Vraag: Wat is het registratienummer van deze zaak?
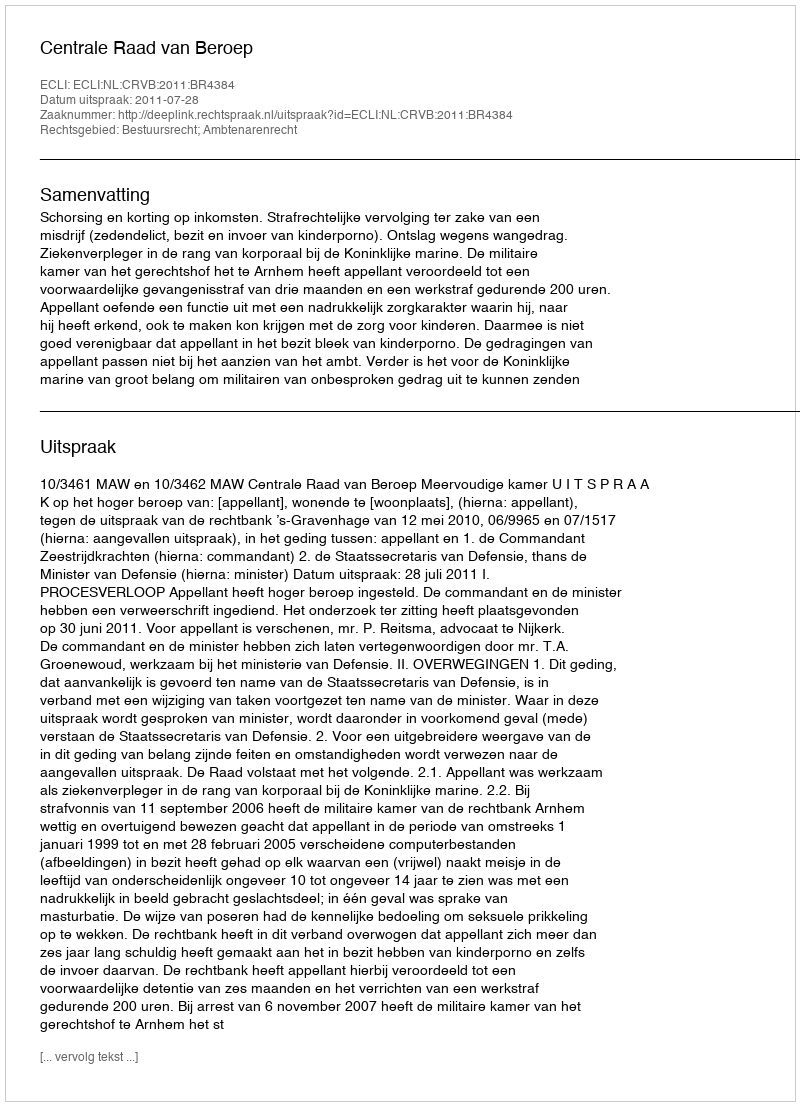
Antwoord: http://deeplink.rechtspraak.nl/uitspraak?id=ECLI:NL:CRVB:2011:BR4384